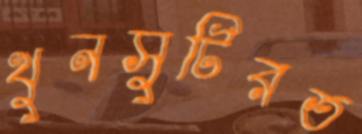
খুনসুটিরত